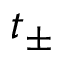
t _ { \pm }